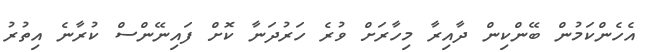
އެހެންކަމުން ބޭންކިން ދާއިރާ މިހާރަށް ވުރެ ހަރުދަނާ ކޮށް ފައިނޭންސް ކުރާނެ އިތުރު